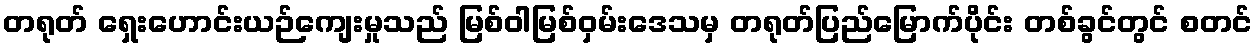
တရုတ် ရှေးဟောင်းယဉ်ကျေးမှုသည် မြစ်ဝါမြစ်ဝှမ်းဒေသမှ တရုတ်ပြည်မြောက်ပိုင်း တစ်ခွင်တွင် စတင်